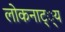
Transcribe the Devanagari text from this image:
लोकनाट््य